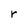
Character: r